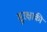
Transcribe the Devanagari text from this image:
सुरक्षाकी